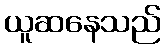
ယူဆနေသည်